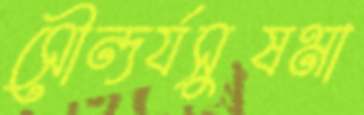
সৌন্দর্যসুষমা